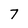
Character: 7